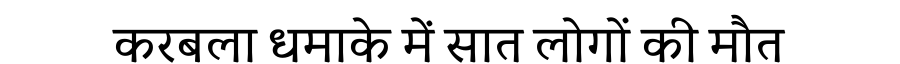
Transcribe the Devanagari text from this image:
करबला धमाके में सात लोगों की मौत